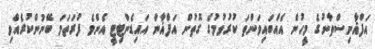
އަފްޣާނިސްތާނުގެ މީހުން އެއްބައިވަންތަ ކުރުވުމުގެ ގޮތުން އަފްޣާން އައިޑެންޓިޓީ އެންމެ ފުރަތަމަ ބޭނުންކުރެއްވި